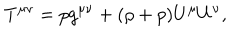
T ^ { \mu \nu } = p g ^ { \mu \nu } + ( \rho + p ) U ^ { \mu } U ^ { \nu } ,